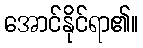
အောင်နိုင်ရာ၏။